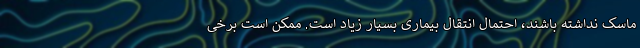
ماسک نداشته باشند، احتمال انتقال بیماری بسیار زیاد است. ممکن است برخی